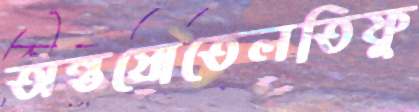
অন্তস্রোতেলতিফু